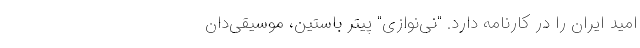
امید ایران را در کارنامه دارد. "نی‌نوازی" پیتر باستین، موسیقی‌دان